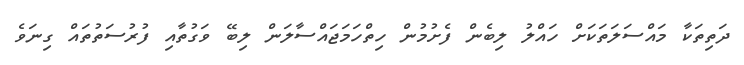
ދަތިތަކާ މައްސަލަތަކަށް ހައްލު ލިބެން ފެށުމުން ހިތްހަމަޖައްސާލަން ލިބޭ ވަގުތާއި ފުރުސަތުތައް ގިނަވެ